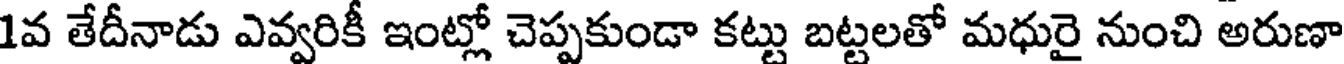
1వ తేదీనాడు ఎవ్వరికీ ఇంట్లో చెప్పకుండా కట్టు బట్టలతో మధురై నుంచి అరుణా